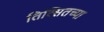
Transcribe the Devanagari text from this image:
तिल्सितच्या